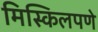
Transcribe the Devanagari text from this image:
मिस्किलपणे